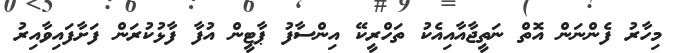
މިހާރު ފެންނަން އޮތް ނަތީޖާއާއިއެކު ތަހްރީކޭ އިންސާފު ޕާޓީން އުފާ ފާޅުކުރަން ފަށާފައިވާއިރު